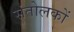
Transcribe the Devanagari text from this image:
संतोलकों